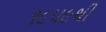
૧૯૫૯થી